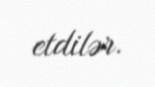
etdilər.